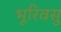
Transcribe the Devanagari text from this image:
भूरिवसु